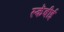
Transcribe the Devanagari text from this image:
स्कॅबीई